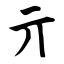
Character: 亓